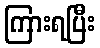
ကြားရပြီး